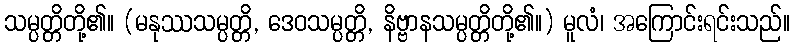
သမ္ပတ္တိတို့၏။ (မနုဿသမ္ပတ္တိ, ဒေဝသမ္ပတ္တိ, နိဗ္ဗာနသမ္ပတ္တိတို့၏။) မူလံ၊ အကြောင်းရင်းသည်။